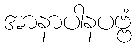
အာနာပါနပဗ္ဗံ